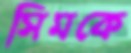
সিমকে